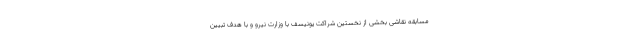
مسابقه نقاشی بخشی از نخستین شراکت یونیسف با وزارت نیرو و با هدف تبیین